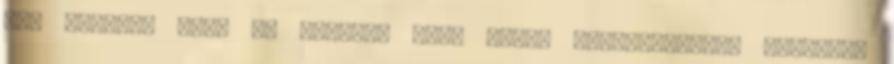
egy cikket: Ezen az oldalon Több görbe egyesítésével egyetlen